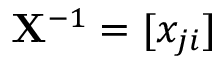
\mathbf { X } ^ { - 1 } = [ x _ { j i } ]